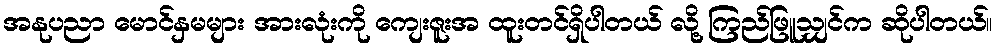
အနုပညာ မောင်နှမများ အားလုံးကို ကျေးဇူးအ ထူးတင်ရှိပါတယ် လို့ ကြည်ဖြူသျှင်က ဆိုပါတယ်။